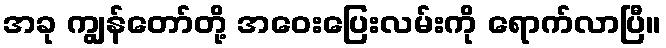
အခု ကျွန်တော်တို့ အဝေးပြေးလမ်းကို ရောက်လာပြီ။